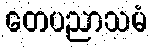
တေပညာသမံ